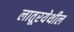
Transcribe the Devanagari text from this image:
लातूरयेथील